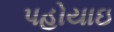
પહોયાઇ